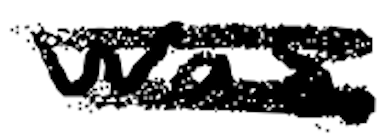
Text: was
Cross-out: double-line
Writing tool: digital_black